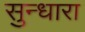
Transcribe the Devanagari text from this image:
सुन्धारा